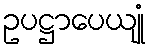
ဥပဋ္ဌာပေယျုံ